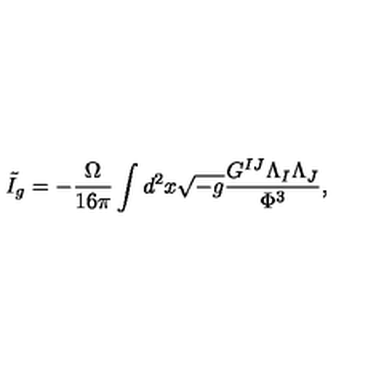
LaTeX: \tilde { I } _ { g } = - \frac { \Omega } { 1 6 \pi } \int d ^ { 2 } x \sqrt { - g } \frac { G ^ { I J } \Lambda _ { I } \Lambda _ { J } } { \Phi ^ { 3 } } ,